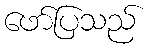
ဖော်ပြသည်